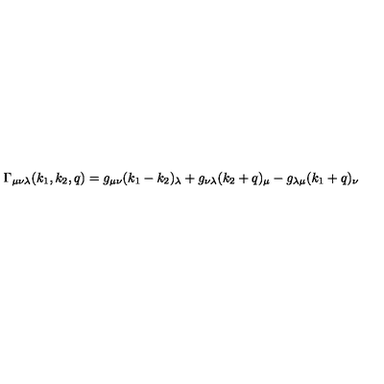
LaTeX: \Gamma _ { \mu \nu \lambda } ( k _ { 1 } , k _ { 2 } , q ) = g _ { \mu \nu } ( k _ { 1 } - k _ { 2 } ) _ { \lambda } + g _ { \nu \lambda } ( k _ { 2 } + q ) _ { \mu } - g _ { \lambda \mu } ( k _ { 1 } + q ) _ { \nu }